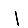
Digit: 1